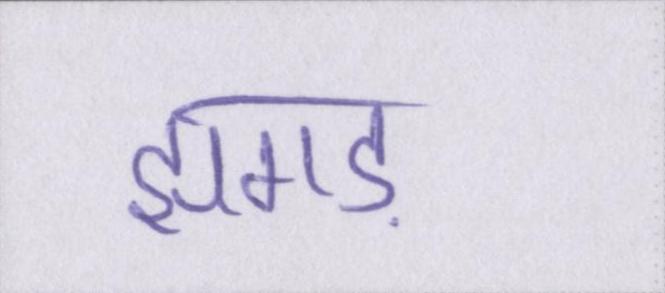
झगड़